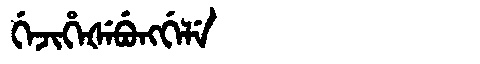
Manchu: ᡤᡝᠵᡳᡥᡝᡧᡝᠪᡠᠩᡤᡝᠯᡝ
Romanization: GEJIHEŠEBUNGGELE